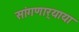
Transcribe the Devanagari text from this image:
सांगणार्‍याया